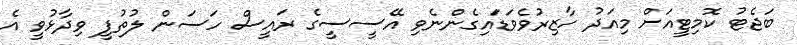
ބަޖެޓު ކޮމިޓީއަށް މިއަދު ހާޒިރުވެވަޑަައިގެންނެވި އޭސީސީގެ ރައީސް ހަސަން ލުތުފީ ވިދާޅުވީ އެ